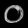
Digit: ၀